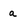
Character: a